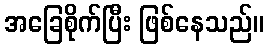
အခြေစိုက်ပြီး ဖြစ်နေသည်။